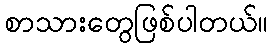
စာသားတွေဖြစ်ပါတယ်။